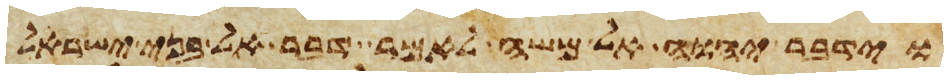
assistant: וידבר יהוה אל משה לאמר דבר אל בני ישראל